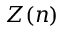
Z ( n )